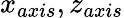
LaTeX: x_{axis},z_{axis}